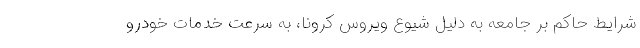
شرایط حاکم بر جامعه به دلیل شیوع ویروس کرونا، به سرعت خدمات خودرو